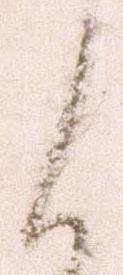
候